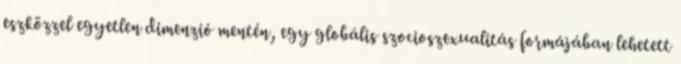
eszközzel egyetlen dimenzió mentén, egy globális szocioszexualitás formájában lehetett